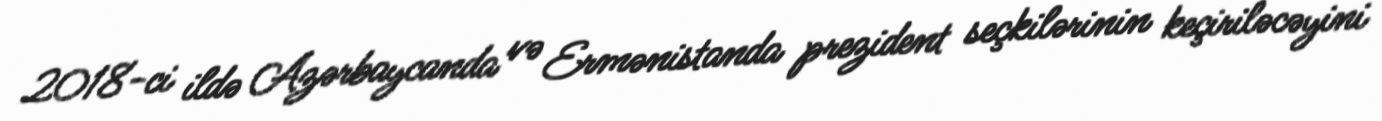
2018-ci ildə Azərbaycanda və Ermənistanda prezident seçkilərinin keçiriləcəyini